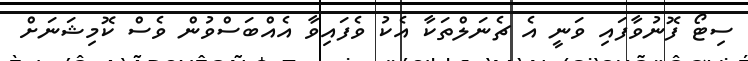
ސިޓޯ ފޮނުވާފައި ވަނީ އެ ޗެނަލްތަކާ އެކު ވެފައިވާ އެއްބަސްވުން ވެސް ކޮމިޝަނަށް